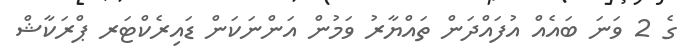
ގެ 2 ވަނަ ބައެއް އުފައްދަން ތައްޔާރު ވަމުން އަންނަކަން ޑައިރެކްޓަރ ޕްރަކާޝް